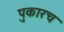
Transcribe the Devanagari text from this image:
पुकारच